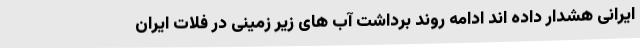
ایرانی هشدار داده اند ادامه روند برداشت آب های زیر زمینی در فلات ایران